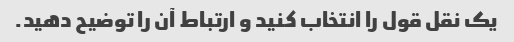
یک نقل قول را انتخاب کنید و ارتباط آن را توضیح دهید.